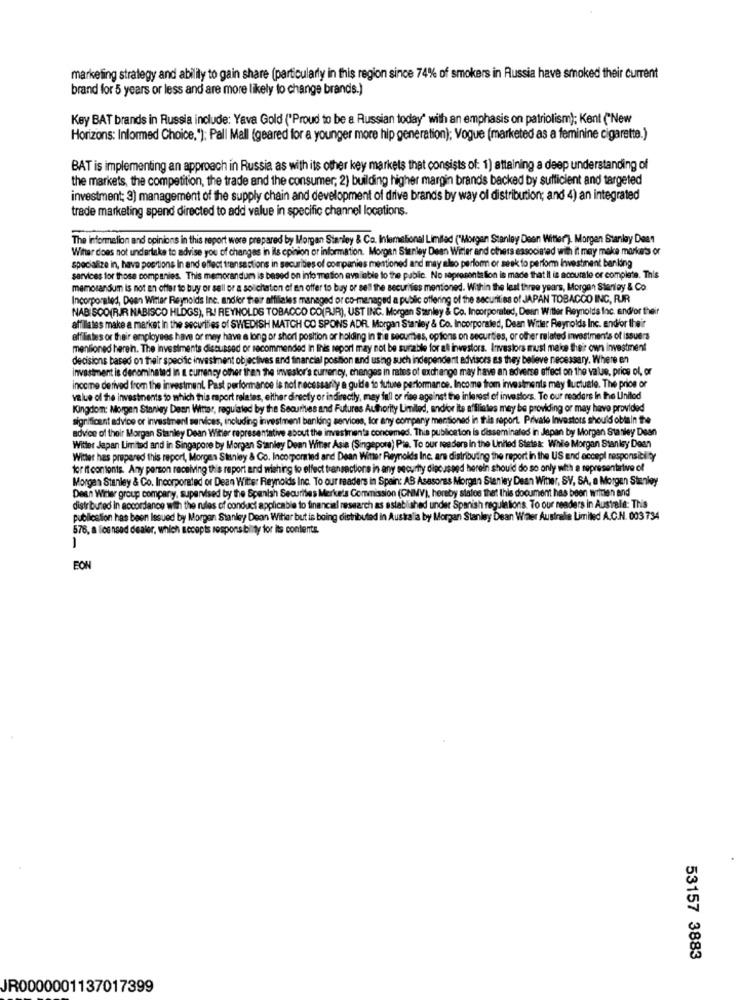
marketing strategy and ability to gain share (particularly in this region since 74% of smokers in Russia have smoked their current
brand for 5 years or less and are more likely to change brands.)
Key BAT brands in Russia include: Yava Gold ("Proud to be a Russian today" with an emphasis on patriotism); Kent ("New
Horizons: Informed Choice,"); Pall Mall (geared for a younger more hip generation); Vogue (marketed as a feminine cigarette.)
BAT is implementing an approach in Russia as with its other key markets that consists of: 1) attaining a deep understanding of
the markets, the competition, the trade and the consumer; 2) building higher margin brands backed by sufficient and targeted
investment; 3) management of the supply chain and development of drive brands by way ol distribution; and 4) an integrated
trade marketing spend directed to add value in specific channel locations.
The information and opinions in this report were prepared by Morgan Stanley & Co. Inlemelionel Limited ("Morgan Stanley Deen Witter"). Morgen Stanley Deet
Witter does not undertake to advise you of changes in ils opinion or information. Morgan Stanley Deen Witter and others associated with it may make markets or
specialize in, have positions In and effect transactions in securities of companies mentioned and may also perform or seek to perform Investiment banking
services for those companies. This memorandum is based on info mation available to the public. No sepresenta lion is made that it is accurate or complete. This
memorandum is not an offer to buy or sell or a solichaton of an offer to buy or sell the securities mentioned. Within the last three years, Morgan Stanley & Co.
Incorporated, Deen Winter Reynolds Inc. andler their affiliates managed or co-managed a public offering of the securities of JAPAN TOBACCO INC, RIR
NAB SOO(RJR NABISCO HLDGS), RJ REYNOLDS TOBACCO CO(RJR), UST ING. Morgan Stanley & Co. Incorporated, Denn Witter Reynolds fac. and/or their
affiliates make a market in the securities of SWEDISH MATCH CO SPONS ADR. Morgan Stanley & Co. Incorporated, Dean Witter Reynolds Inc. andfor their
affiliates or their employees have or may have a long or short position or holding in the securities, options on securities, or other related investments of issuers
mentioned herein. The investments discussed or recommended In Inis report may not be surable for al investors. Investors must make their own investment
decisions based on their specific investment objectives and financial position and using such independent advisors es they believe necessary. Where en
investment is denominated in a currency other than the investor's currency, changes in rates of exchange may have an adverse effect on the value, price of, or
income derived from the investment. Past performance is not necessar
y a guide to future performance. Income from investments may fluctuate. The price or
value of the investments to which this mport relates, either directy or
directly, may inll or rise against the interest of investors. Te our readers in the Linilod
Kingdom: Morgen Stanley Denn Witter, regulated by the Securities
futures Authority Limited, andfor its affiliates mey be providing or may have provided
significant advice or investment services, including investment banking services, for any company mentioned in this report. Private Investors should obtain the
advice of their Morgan Stanley Dean Witler representative about the investments concemed. This publication is disseminated in Japan by Morgan Stanley Dean
Witter Japan Limited and in Singapore by Morgan Stanley Dean Witter Asia (Singepore) Pie. To our reeders in the United States: While Morgan Stanley Deen
Witter has prepared this report, Morgan Stanley & Co. Incorporated and Dean Wither Reynolds Ine are distributing the report in the US end accepl responsibility
for it contonts. Any person receiving this report and wishing to effect transactions in any security discussed herein should do so only with a representative of
Morgan Stanley & Co. Incorporated or Dean Wither Reynolds Inc. To our readers in Spain: AB Asesores Morgan Stanley Dean Wither, SV, SA, a Morgan Stanley
Dean Winter group company, supervised by the Spanish Securities Merke's Commission (CNMV), hereby states that this document has been written and
distributed in accordance with the rules of conduct applicable to financial research as established under Spanish regulations. To our readers in Australie: This
publication has been Issued by Morgan Stanley Dean Witter but is boing distributed in Australia by Morgan Stanley Dean Water Australie Limiled A.C.N. 003 734
578, a licensed dealer, which accepts responsibility for its contents.
-
EON
53157 3883
JR0000001137017399